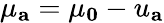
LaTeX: \mu_{\mathbf{a}}=\mu_{\mathbf{0}}-u_{\mathbf{a}}